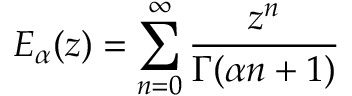
E _ { \alpha } ( z ) = \sum _ { n = 0 } ^ { \infty } \frac { z ^ { n } } { \Gamma ( \alpha n + 1 ) }